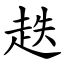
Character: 趃